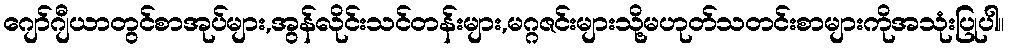
ဂျော်ဂျီယာတွင်စာအုပ်များ,အွန်လိုင်းသင်တန်းများ,မဂ္ဂဇင်းများသို့မဟုတ်သတင်းစာများကိုအသုံးပြုပါ။